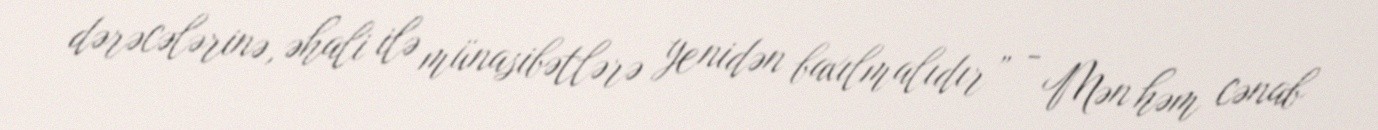
dərəcələrinə, əhali ilə münasibətlərə yenidən baxılmalıdır” - Mən həm cənab